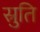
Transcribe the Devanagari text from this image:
स्रुति